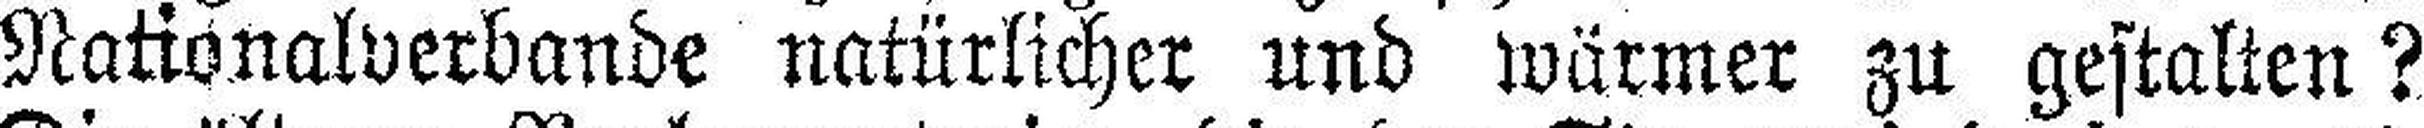
Nationalverbande natürlicher und wärmer zu gestalten?